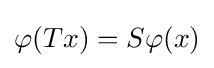
\varphi (Tx)=S\varphi (x)